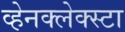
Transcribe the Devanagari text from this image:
व्हेनक्लेक्स्टा